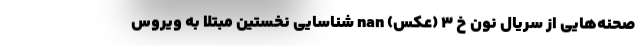
صحنه‌هایی از سریال نون خ ۳ (عکس) nan شناسایی نخستین مبتلا به ویروس